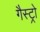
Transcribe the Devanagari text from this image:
गैस्‍ट्रो